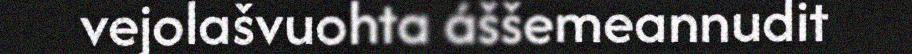
vejolašvuohta áššemeannudit